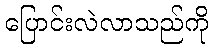
ပြောင်းလဲလာသည်ကို